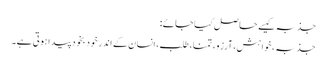
جذبہ کیسے حاصل کیا جائے:
جذبہ، خواہش، آرزو، تمنا، طلب، انسان کے اندر خود بخود پیدا ہوتی ہے۔